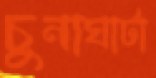
চুনাঘাটা